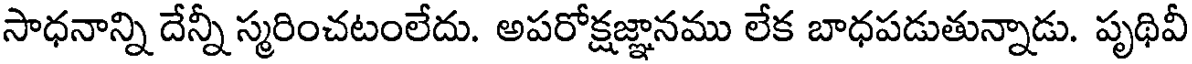
సాధనాన్ని దేన్నీ స్మరించటంలేదు. అపరోక్షజ్ఞానము లేక బాధపడుతున్నాడు. పృథివీ